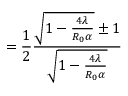
= \frac { 1 } { 2 } \frac { \sqrt { 1 - \frac { 4 \lambda } { R _ { 0 } \alpha } } \pm 1 } { \sqrt { 1 - \frac { 4 \lambda } { R _ { 0 } \alpha } } }